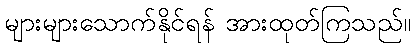
များများသောက်နိုင်ရန် အားထုတ်ကြသည်။